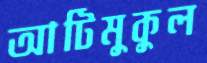
আটিমুকুল